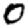
Digit: 0